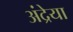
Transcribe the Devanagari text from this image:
अंद्रेया